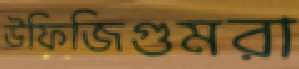
উফিজিগুমরা